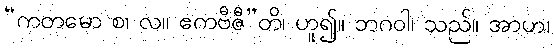
“ကတမော စ၊ လ။ ဧကဗီဇီ”တိ၊ ဟူ၍။ ဘဂဝါ၊ သည်။ အာဟ၊